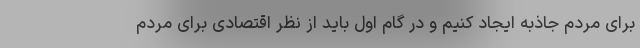
برای مردم جاذبه ایجاد کنیم و در گام اول باید از نظر اقتصادی برای مردم